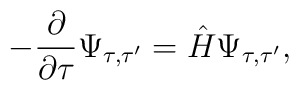
-\frac{\partial }{\partial \tau }\Psi _{\tau ,\tau ^{\prime }}=\hat{H}\Psi _{\tau ,\tau ^{\prime }},